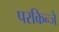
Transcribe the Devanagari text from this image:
परकिन्जे